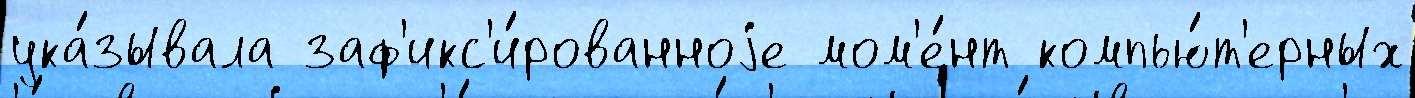
ука́зывала заф'икс'и́рованноjе мом'е́нт компью́т'ерных